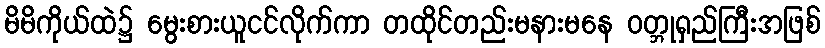
မိမိကိုယ်ထဲ၌ မွေးစားယူငင်လိုက်ကာ တထိုင်တည်းမနားမနေ ဝတ္ဘုရှည်ကြီးအဖြစ်